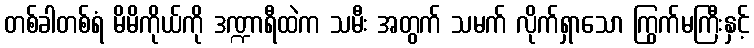
တစ်ခါတစ်ရံ မိမိကိုယ်ကို ဒဏ္ဍာရီထဲက သမီး အတွက် သမက် လိုက်ရှာသော ကြွက်မကြီးနှင့်